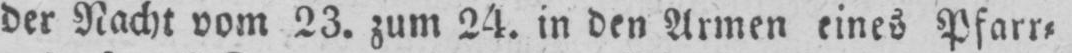
der Nacht vom 23. zum 24. in den Armen eines Pfarr⸗